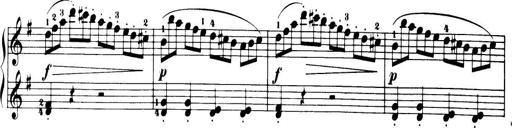
Title: 32 Sonatinas and Rondos for the Piano
Composer: Richard Kleinmichel